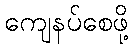
ကျေနပ်စေဖို့